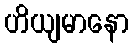
ဟိယျမာနော